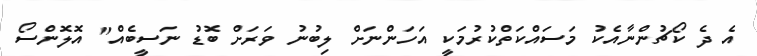
އެ ދެ ކޯޗުންނާއެކު މަސައްކަތްކުރުމަކީ އަހަންނަށް ލިބުނު ވަރަށް ބޮޑު ނަސީބެއް" އޮލޮންސޯ